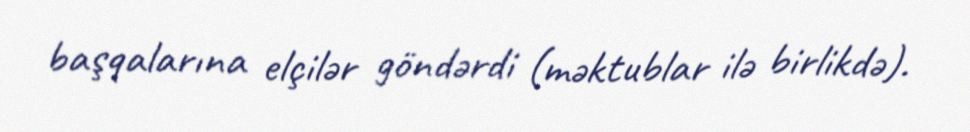
başqalarına elçilər göndərdi (məktublar ilə birlikdə).